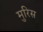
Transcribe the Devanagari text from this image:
मुरिस